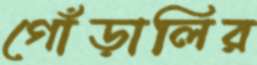
গোঁড়ালির